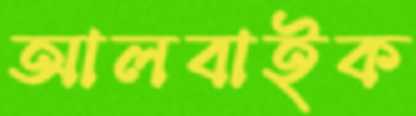
আলবাইক